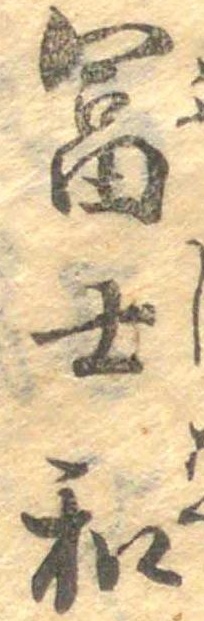
富士和